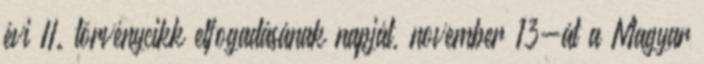
évi II. törvénycikk elfogadásának napját, november 13-át a Magyar